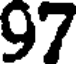
97